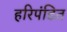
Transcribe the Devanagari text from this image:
हरिपंडित